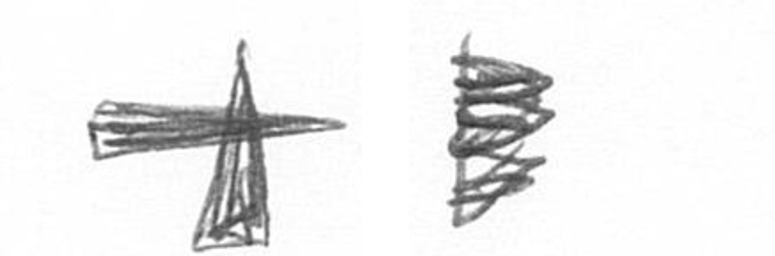
G H